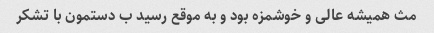
مث همیشه عالی و خوشمزه بود و به موقع رسید ب دستمون با تشکر